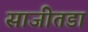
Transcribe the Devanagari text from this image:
साजीतडा